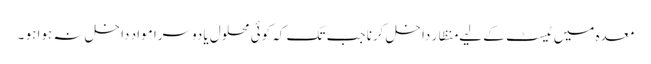
معدہ میں ٹیسٹ کے لیے منظار داخل کرنا جب تک کہ کوئی محلول یا دوسرا مواد داخل نہ ہوا ہو ۔